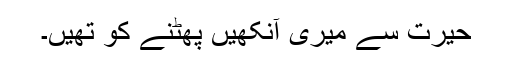
حیرت سے میری آنکھیں پھٹنے کو تھیں۔